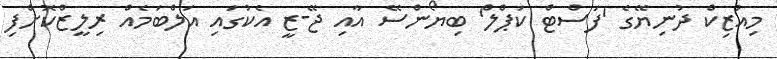
މިއުޒިކް ދުނިޔޭގެ 'ފަސްޓް ކަޕްލް' ބިޔޯންސޭ އާއި ޖޭ-ޒީ އެކުގައި އަލްބަމެއް ރިލީޒްކޮށްފި